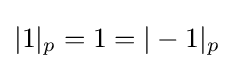
|1|_{p}=1=|-1|_{p}